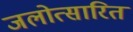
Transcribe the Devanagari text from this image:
जलोत्सारित